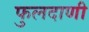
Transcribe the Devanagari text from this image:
फुलदाणी